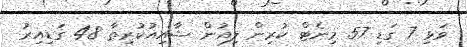
ވަޅި 7 ގަޑި 57 މިނެޓް ކުރިން ލިއުން ޝާއިއުކުރިތާ 48 ގަޑިއިރު